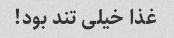
غذا خیلی تند بود!